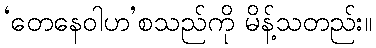
‘တေနေဝါဟ’စသည်ကို မိန့်သတည်း။